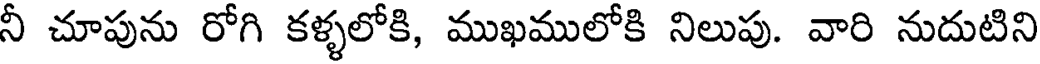
నీ చూపును రోగి కళ్ళలోకి, ముఖములోకి నిలుపు. వారి నుదుటిని